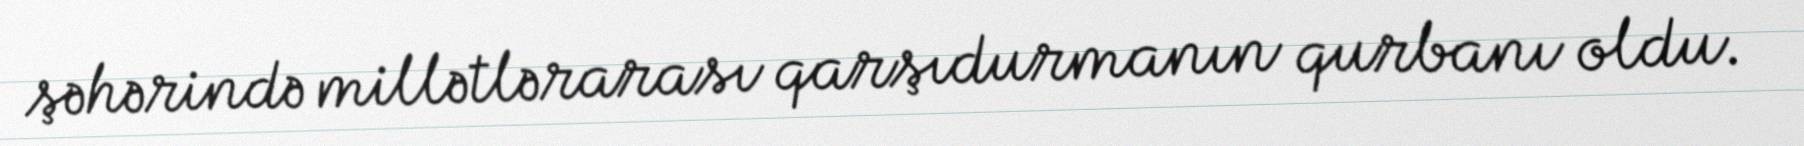
şəhərində millətlərarası qarşıdurmanın qurbanı oldu.